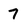
Character: 7